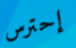
إحترس